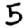
Digit: 5